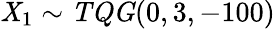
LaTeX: \mathit{X}_{1}\sim\mathit{{TQG}}(0,3,-100)